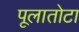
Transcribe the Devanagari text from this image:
पूलातोटा